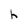
Character: h